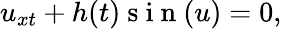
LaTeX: u_{xt}+h(t)\mathrm{~s~i~n~}(u)=0,